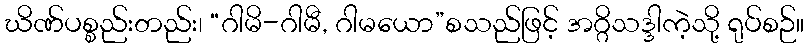
ဃိဏ်ပစ္စည်းတည်း၊ “ဂါမိ-ဂါမီ, ဂါမယော”စသည်ဖြင့် အဂ္ဂိသဒ္ဒါကဲ့သို့ ရုပ်စဉ်။